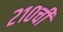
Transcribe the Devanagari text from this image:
२१०ची